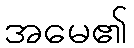
အမေ၏